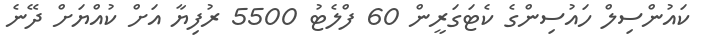
ކައުންސިލް ހައުސިންގެ ކެޓަގަރީން 60 ފްލެޓު 5500 ރުފިޔާ އަށް ކުއްޔަށް ދޭނެ